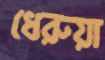
ধেরুয়া